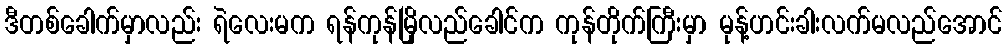
ဒီတစ်ခေါက်မှာလည်း ရဲလေးမက ရန်ကုန်မြိုလည်ခေါင်က ကုန်တိုက်ကြီးမှာ မုန့်ဟင်းခါးလက်မလည်အောင်